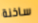
ساخنة